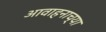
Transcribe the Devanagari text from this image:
आवाहनाच्या